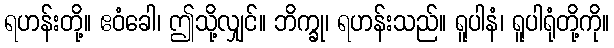
ရဟန်းတို့။ ဧဝံခေါ၊ ဤသို့လျှင်။ ဘိက္ခု၊ ရဟန်းသည်။ ရူပါနံ၊ ရူပါရုံတို့ကို။